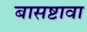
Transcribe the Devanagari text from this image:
बासष्टावा